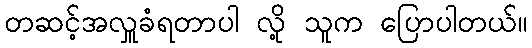
တဆင့်အလှူခံရတာပါ လို့ သူက ပြောပါတယ်။